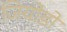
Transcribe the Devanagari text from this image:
जियोडों